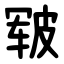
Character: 皲